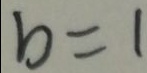
b = 1